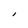
Character: I